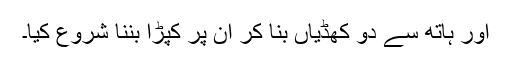
اور ہاتھ سے دو کھڈیاں بنا کر ان پر کپڑا بننا شروع کیا۔